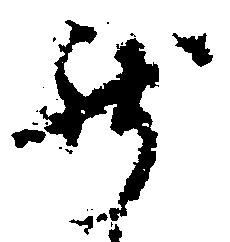
新